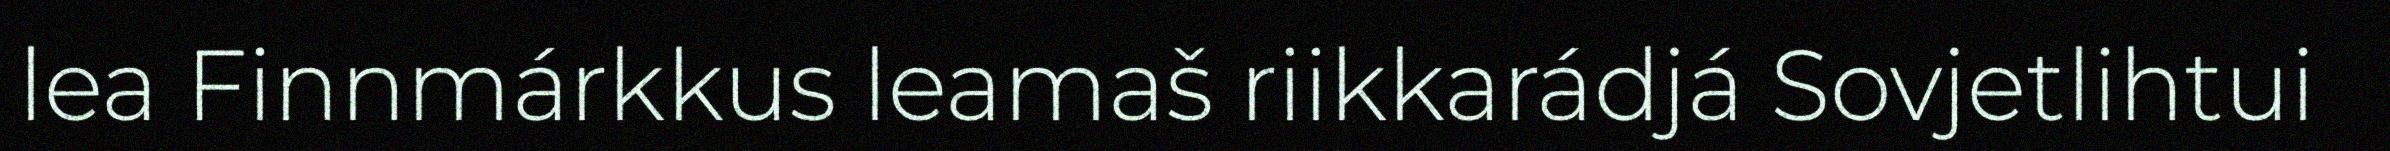
lea Finnmárkkus leamaš riikkarádjá Sovjetlihtui